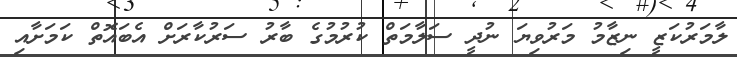
ލާމަރުކަޒީ ނިޒާމު މަރުވިޔަ ނުދީ ސަލާމަތް ކުރުމުގެ ބާރު ސަރުކާރަށް އެބައޮތް ކަމަށާއި